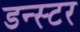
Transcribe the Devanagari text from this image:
डन्स्टर